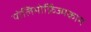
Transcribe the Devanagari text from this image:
पोलिमोर्फ़िज्मकाम